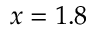
x = 1 . 8